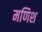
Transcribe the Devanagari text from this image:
मणिश